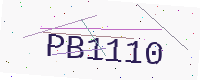
Text: PB1110